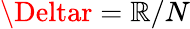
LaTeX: \Deltar=\mathbb{R}/N